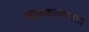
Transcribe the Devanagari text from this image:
बळकावण्यात